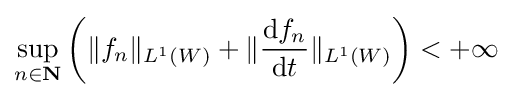
\sup _{n\in \mathbf {N} }\left(\|f_{n}\|_{L^{1}(W)}+\|{\frac {\mathrm {d} f_{n}}{\mathrm {d} t}}\|_{L^{1}(W)}\right)<+\infty